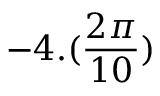
- 4 . ( \frac { 2 \pi } { 1 0 } )